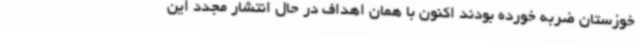
خوزستان ضربه خورده بودند اکنون با همان اهداف در حال انتشار مجدد این